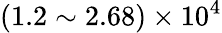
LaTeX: (1.2\sim 2.68)\times 10^{4}